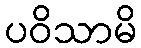
ပဝိသာမိ